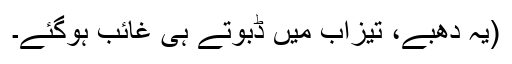
(یہ دھبے، تیزاب میں ڈبوتے ہی غائب ہوگئے۔